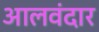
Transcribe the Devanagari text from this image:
आलवंदार